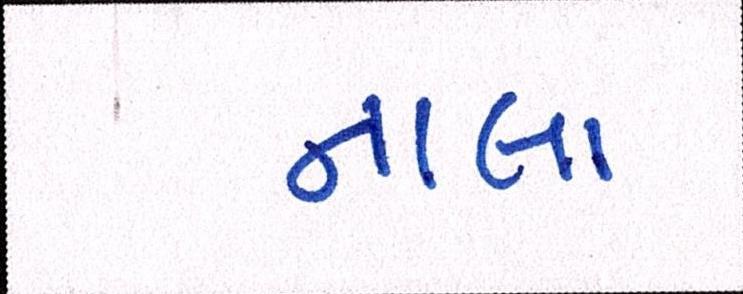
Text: નાલા